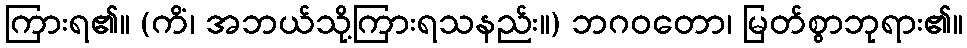
ကြားရ၏။ (ကိံ၊ အဘယ်သို့ကြားရသနည်း။) ဘဂဝတော၊ မြတ်စွာဘုရား၏။